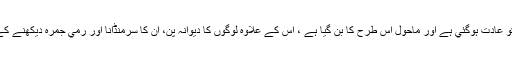
“ (كيونكہ بدن كو عادت ہوگئي ہے اور ماحول اس طرح كا بن گيا ہے ، اس كے علاوہ لوگوں كا ديوانہ پن، ان كا سرمنڈانا اور رمي ِجمرہ ديكھنے كے لئے آگيا ہوں!